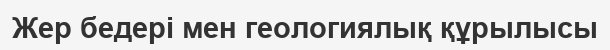
Жер бедері мен геологиялық құрылысы